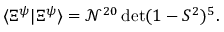
\langle \Xi ^ { \psi } | \Xi ^ { \psi } \rangle = \mathcal { N } ^ { 2 0 } \operatorname * { d e t } ( 1 - S ^ { 2 } ) ^ { 5 } .